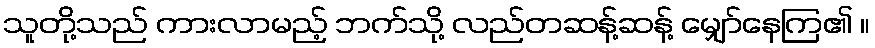
သူတို့သည် ကားလာမည့် ဘက်သို့ လည်တဆန့်ဆန့် မျှော်နေကြ၏ ။